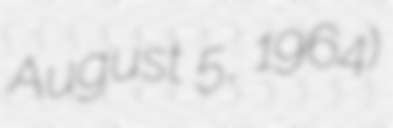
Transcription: August 5, 1964)